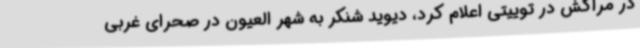
در مراکش در توییتی اعلام کرد، دیوید شنکر به شهر العیون در صحرای غربی